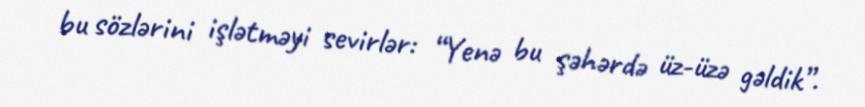
bu sözlərini işlətməyi sevirlər: “Yenə bu şəhərdə üz-üzə gəldik”.